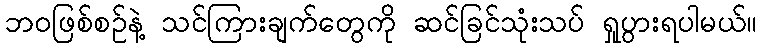
ဘဝဖြစ်စဉ်နဲ့ သင်ကြားချက်တွေကို ဆင်ခြင်သုံးသပ် ရှုပွားရပါမယ်။